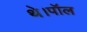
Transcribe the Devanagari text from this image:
थे।पॉल